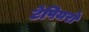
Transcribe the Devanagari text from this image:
टेपियरों